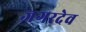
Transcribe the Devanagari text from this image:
जगरदेव